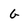
Character: G